Leningradi_Edasi_toimetus, lk 107
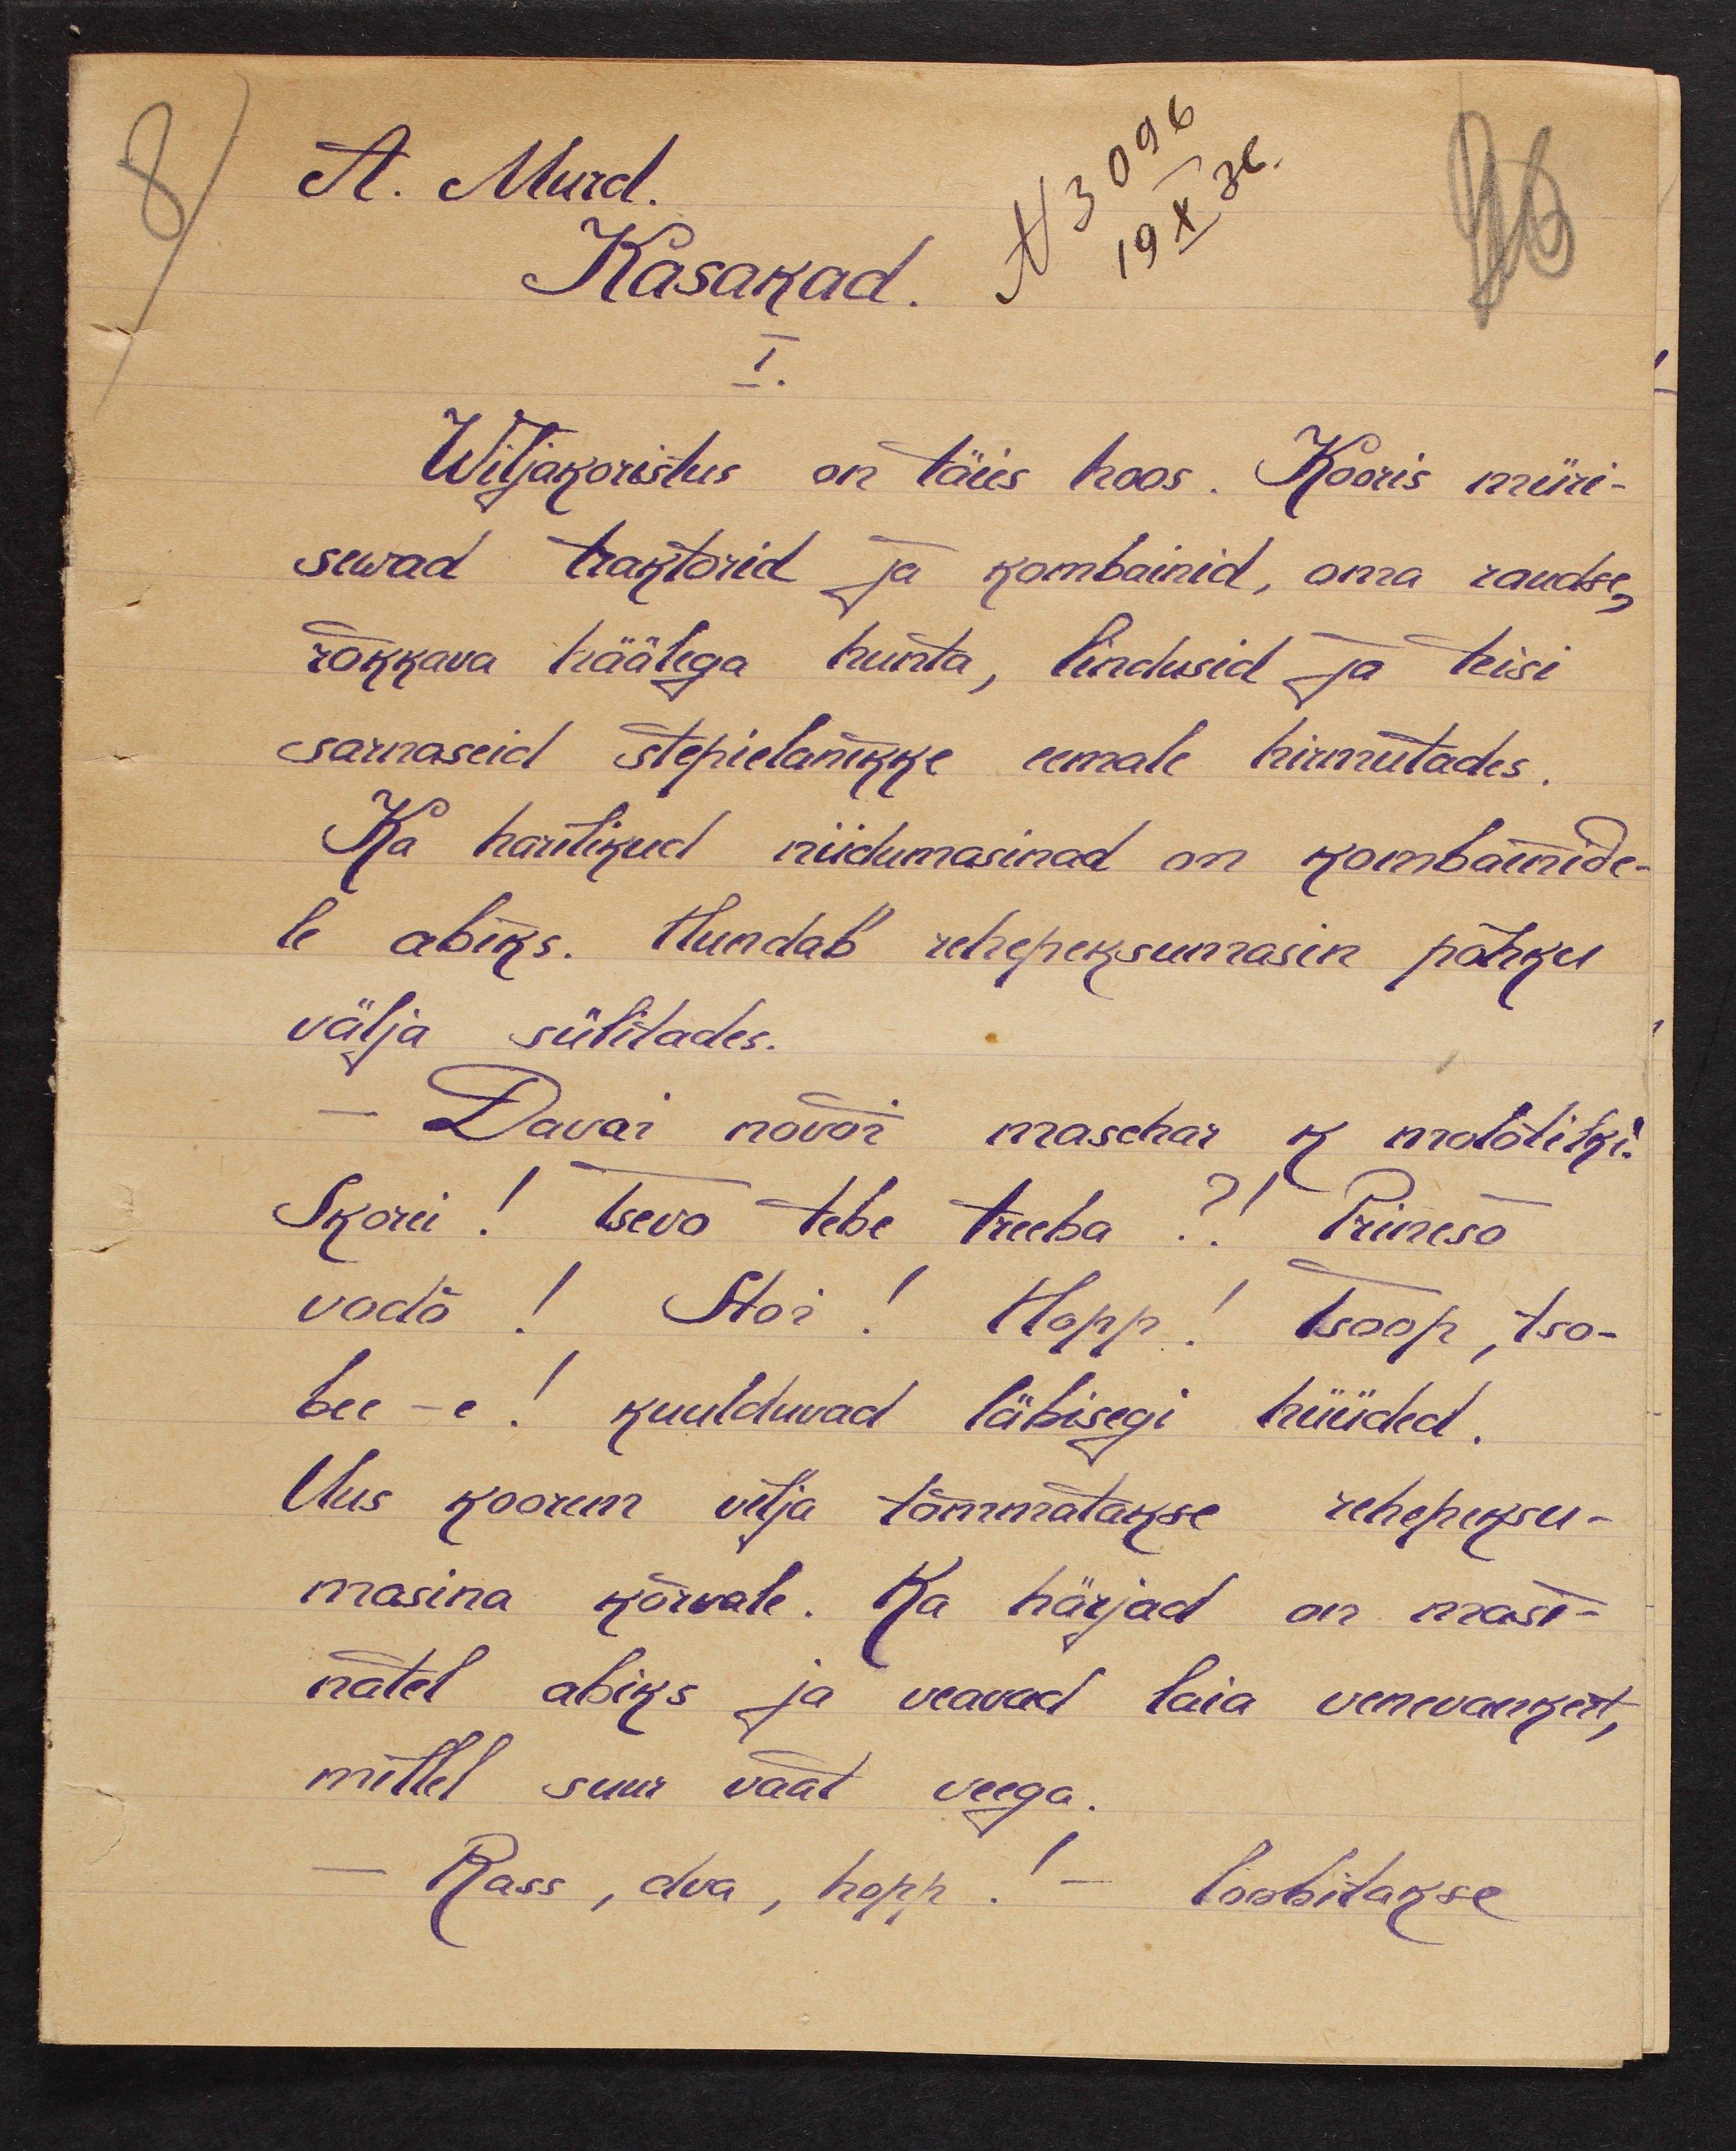
A. Murd.
Kasakad.
N 3096
19 x 36
96
I.
Wiljakoristus on täies hoos. Kooris müri-
sewad traktorid ja kombainid, oma raudse,
rõkkava häälega hunta, lindusid ja teisi
sarnaseid Stepielanikke eemale hirmutades.
Ka harilikud niidumasinad on kombainide-
le abiks. Hundab rehepeksumasin põhku
välja sülitades.
- Davai novõi maschar k molotiki.
Skorei! Tseva tebe treeba?! Prinesõ
vodõ! Stoi! Hopp! Toop, tso-
bee - e! kuulduvad läbisegi hüüded.
Uus koorem vilja tõmmatakse rehepeksu-
masina kõrvale. Ka härjad on masi-
natel abiks ja veavad laia venevankert,
millel suur vaat veega.
Rass, dva, hopp! - loobitakse